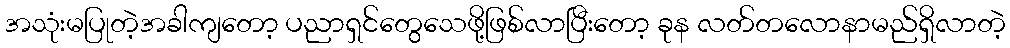
အသုံးမပြုတဲ့အခါကျတော့ ပညာရှင်တွေသေဖို့ဖြစ်လာပြီးတော့ ခုန လတ်တလောနာမည်ရှိလာတဲ့